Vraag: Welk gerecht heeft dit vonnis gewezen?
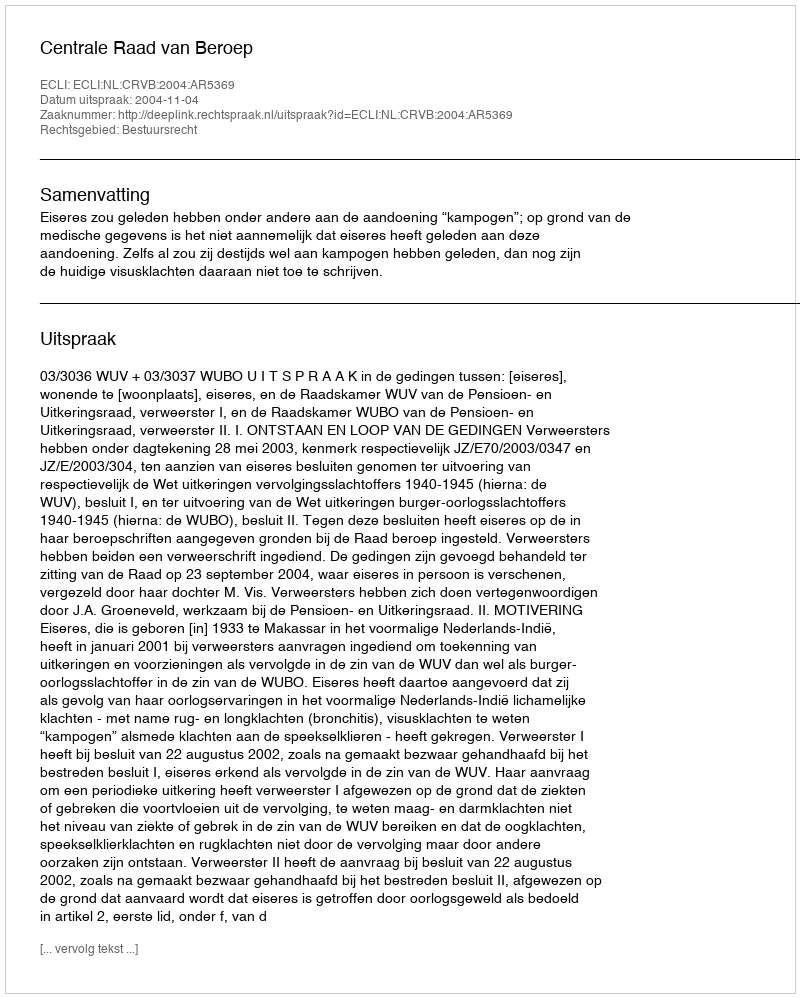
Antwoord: Centrale Raad van Beroep